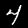
Digit: 4